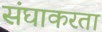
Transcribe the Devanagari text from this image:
संघाकरता